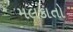
મલકાતો